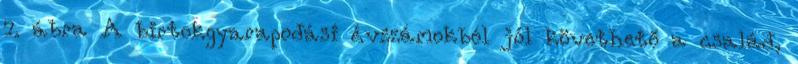
7. ábra A birtokgyarapodási évszámokból jól követhető a család,